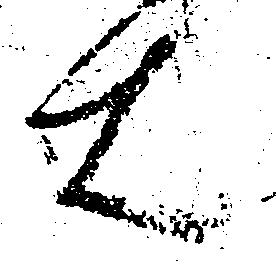
右